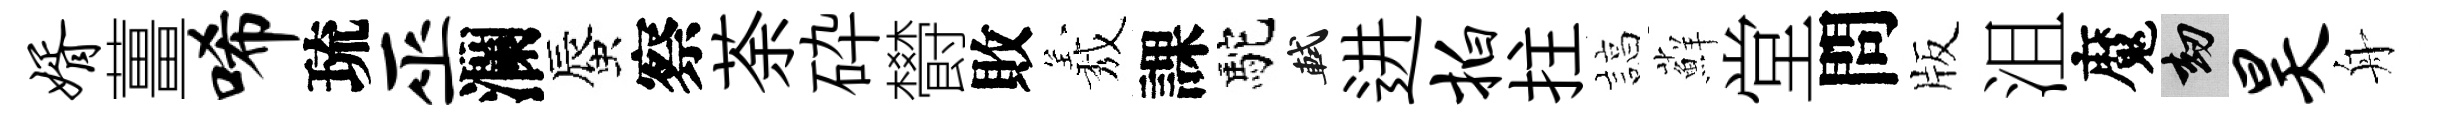
婿薑唏琉巫瀾蜃察荼砕欎敗𦏁課駝軾进拍拄諄蘚堂問版沮魔劫昊舟